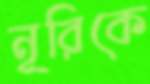
নূরিকে